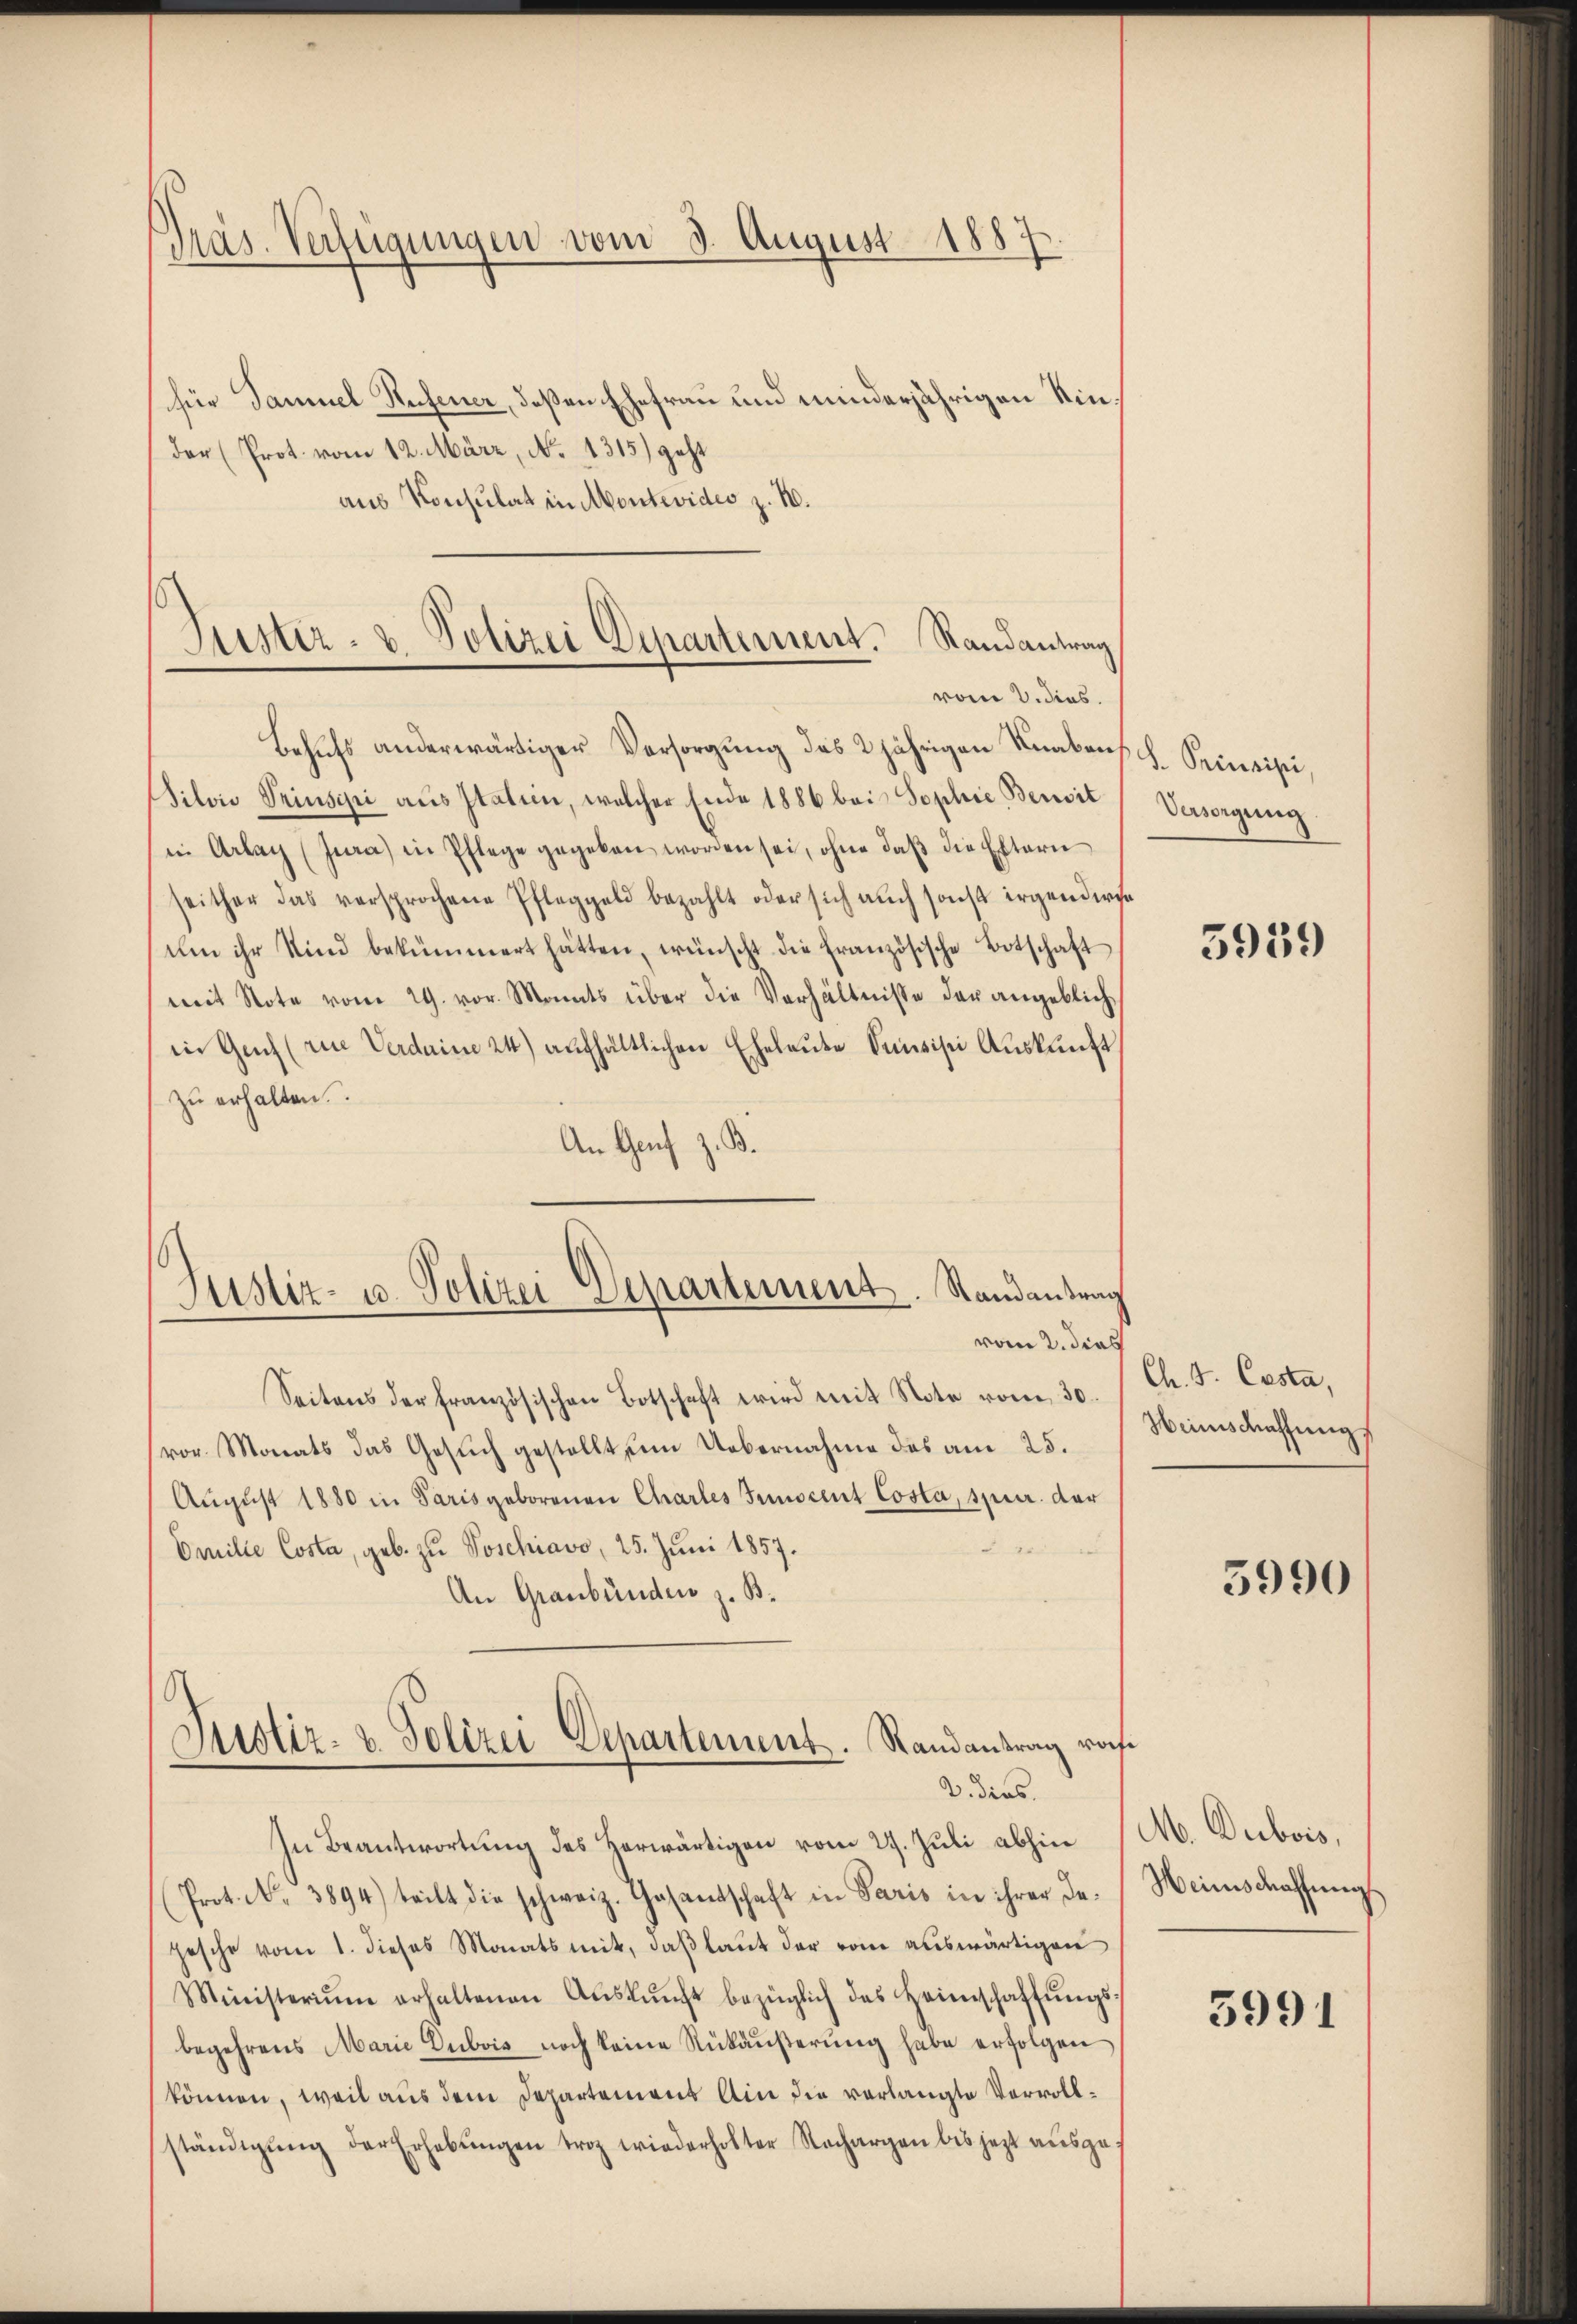
Präs. Verfügungen vom 3. August 1887.

für Samuel Reifener, deßen Ehefrau und minderjährigen Kindar (Prot. vom 12. März, No 1315) geht
aus Konsulat in Montevideo z. B.
Behufs anderwärtiger Versorgung des 2jährigen Knaben,
Silvie Priusipei aus Itatein, welcher Ende 1886 bei Sophie Bersit
in Arlay (Jura) in Pflege gegeben worden sei, ohne daβ die Eltern
seither das versprochene Pfleggeld bezahlt oder sich auch sonst irgenderse
Um ihr Kind bekümmert hätten, wünscht die Französische Botschaft
mit Note vom 29. vor. Monats über die Verhältnisse der angeblichin Genf (rue Verdaine 24) aufhältlichen Eheleute Sonsisti Auskunft
zu erhalten.
An Genf z. B.
Justiz- u. Polizei Departement. Randantrag

Justiz- & Polizei Departement. Randantrag
vom 2. dies

vom 2. dies

Seitens der französischen Botschaft wird mit Note vom 30.
vor. Monats das Gesŭch gestellt im Uebernahme des am 25.
Aŭgŭst 1880 in Paris geborenen Charles Junocent Costa, spur. der
4
Omille Costa, geb. zu Voschiavo, 25. Juni 1857.
An Graubünden z. B.

In Beantwortung des Herwärtigen vom 27. Juli abhin
(Prot. No. 3894) teilt die schweiz. Gasantschaft in Paris in ihrer da-
gesche vom 1. dieses Monats mit, daβ laŭt der vom auswärtigen
Ministeriŭm erhaltenen Aŭskŭnft bezüglich das Heimschaffŭngs-
begehrens Marie Dubois noch keine Rükäußerung habe erfolgen
können, weil aus dem Departemens Ain die verlangte Vorvollständigŭng der Erhebŭngen troz wiederholter Nachargen bis jetzt ausge-

Stustiz- & Polizei Departement. Randantrag rochv. dies

S. Prinzipi
Versorgung

5939

Ch. S. Casta,
Heimschaffung

5990

M. Dubois,
Weinschaffung

5991